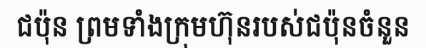
ជប៉ុន ព្រមទាំងក្រុមហ៊ុនរបស់ជប៉ុនចំនួន